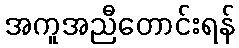
အကူအညီတောင်းရန်